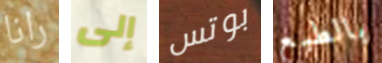
رانا إلى بوتس بالطبع